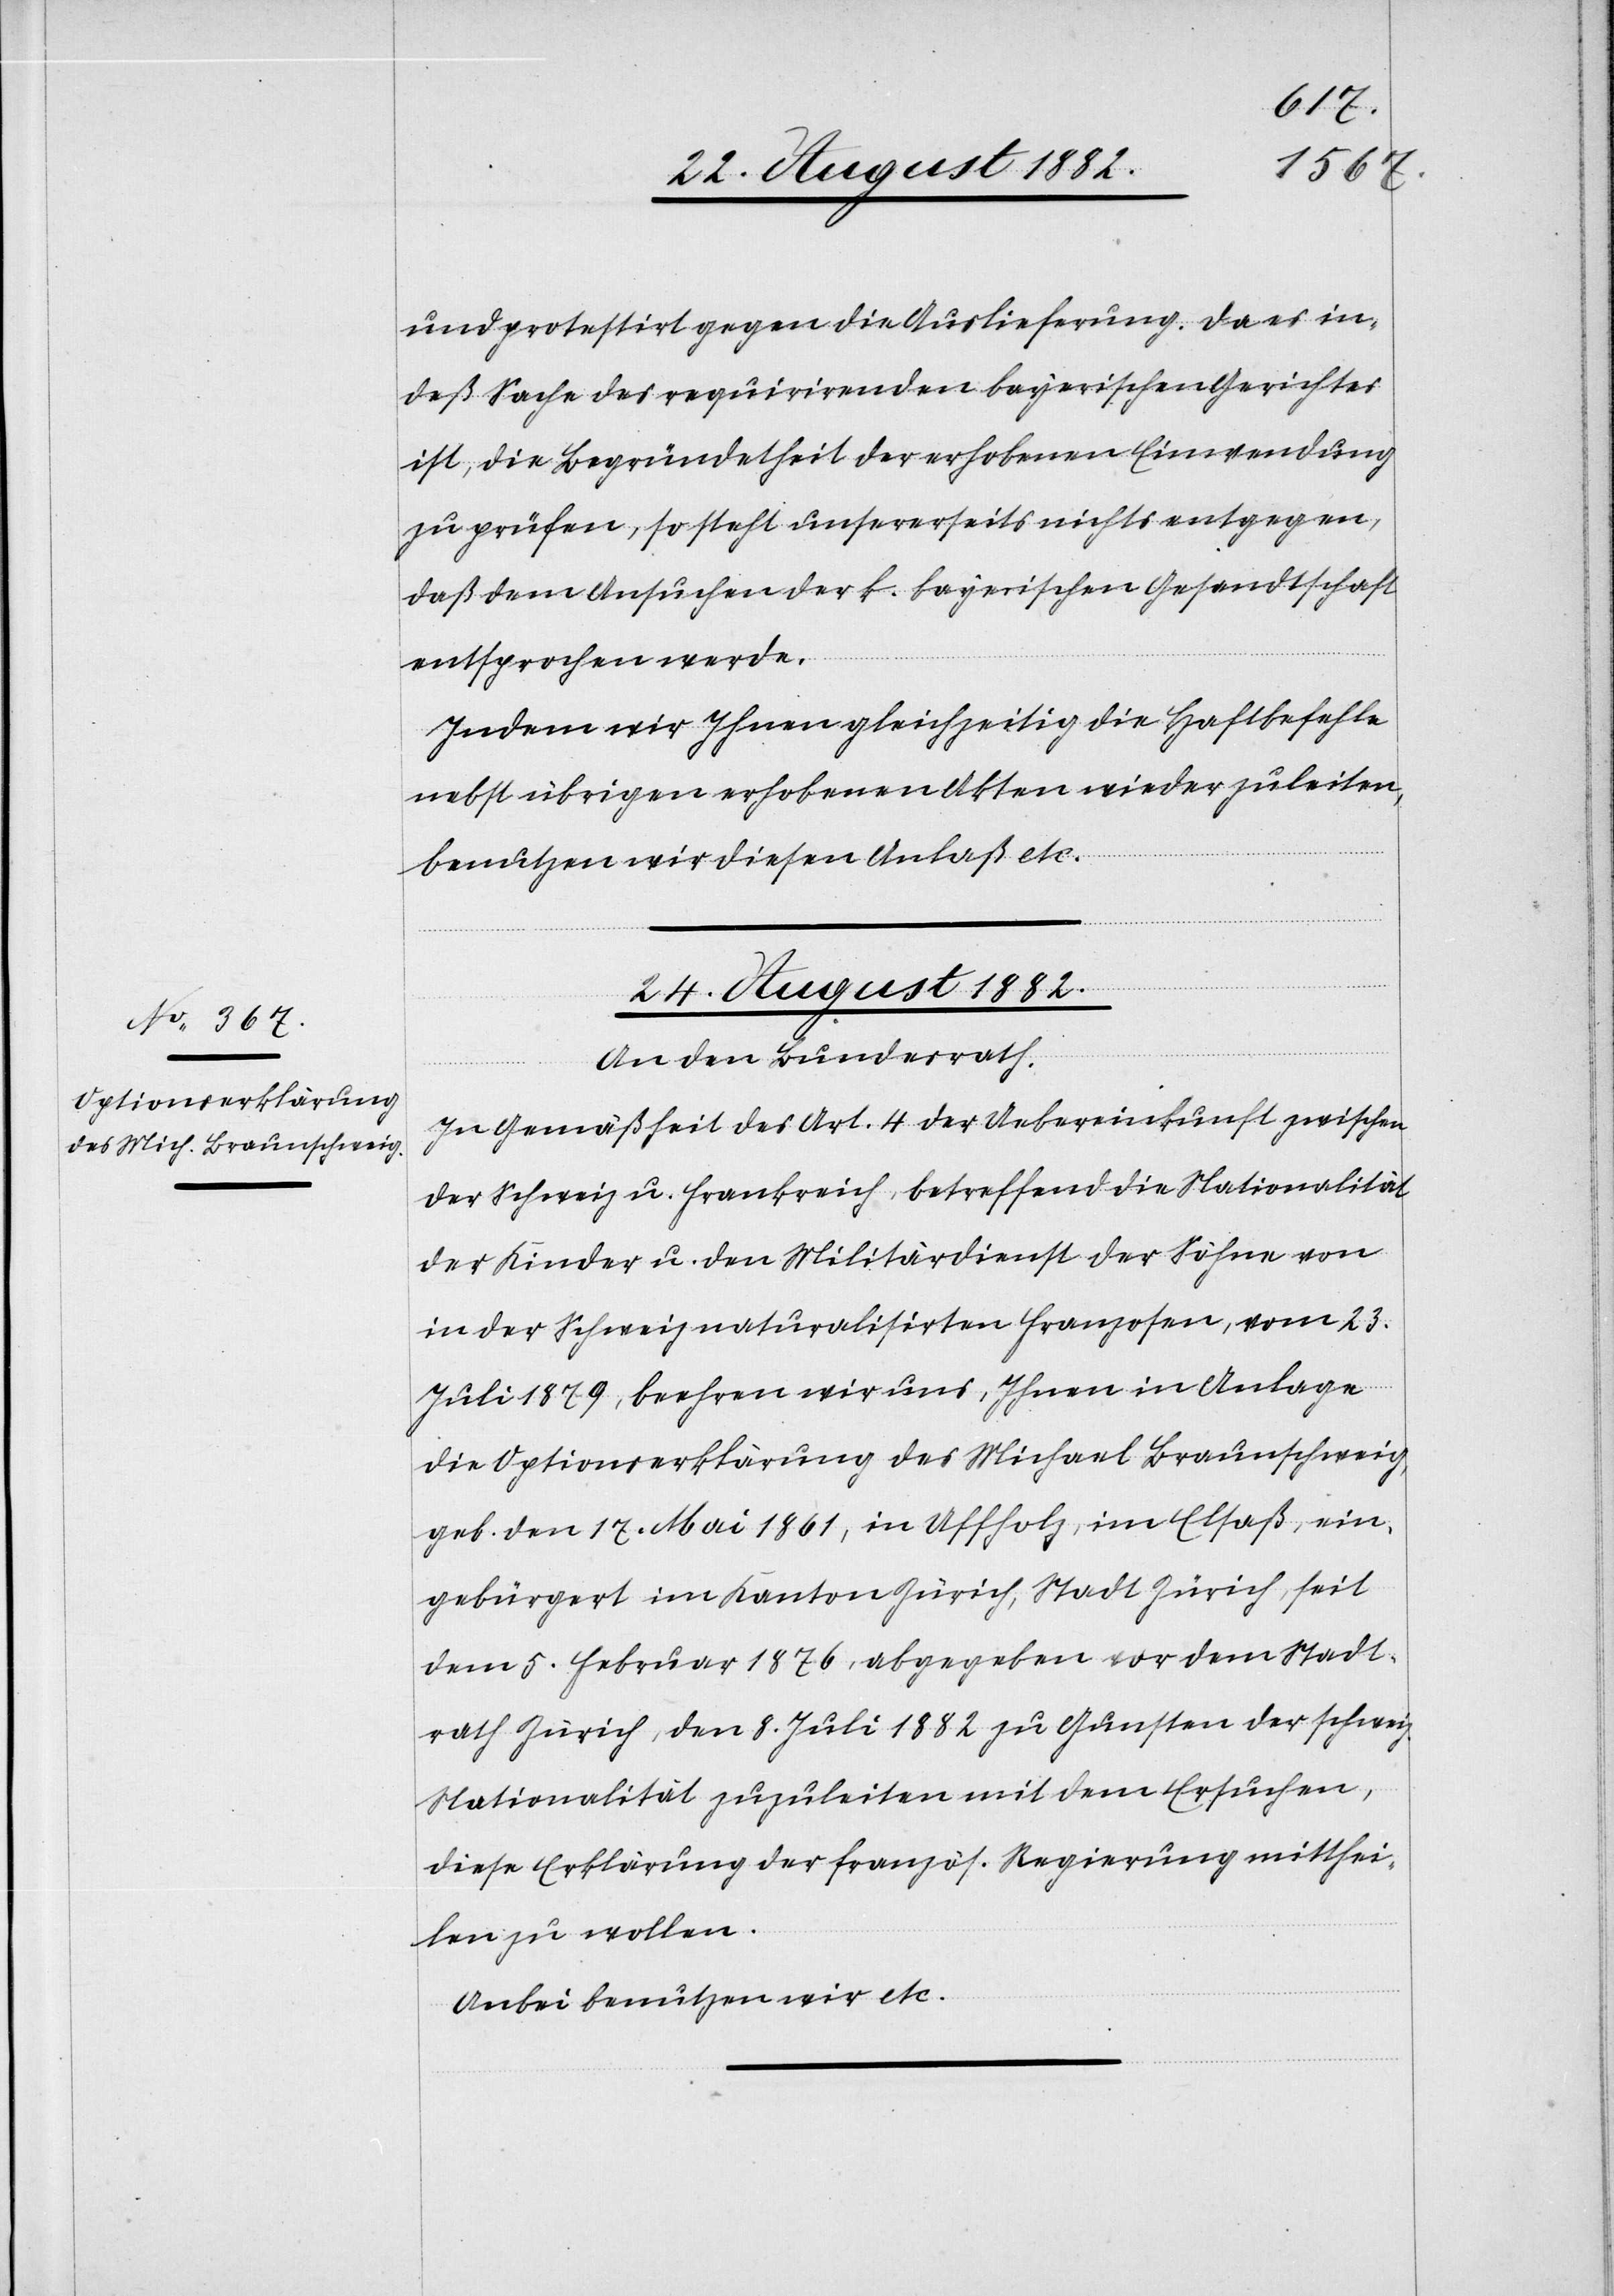
und protestirt gegen die Auslieferung. Da es in¬
deß Sache des requirirenden bayerischen Gerichtes
ist, die Begründetheit der erhobenen Einwendung
zu prüfen, so steht unserseits nichts entgegen,
daß dem Ansuchen der k. bayerischen Gesandtschaft
entsprochen werde.
Indem wir Ihnen gleichzeitig die Haftbefehle
nebst übrigen erhobenen Akten wieder zuleiten,
benutzen wir diesen Anlaß etc.
24. August 1882.
An den Bundesrath.
In Gemäßheit des Art. 4 der Uebereinkunft zwischen
der Schweiz u. Frankreich, betreffend die Nationalität
der Kinder u. den Militärdienst der Söhne von
in der Schweiz naturalisirten Franzosen, vom 23.
Juli 1879, beehren wir uns, Ihnen in Anlage
die Optionserklärung des Michael Braunschweig
geb. den 17. Mai 1861, in Uffholz, im Elsaß, ein¬
gebürgert im Kanton Zürich, Stadt Zürich, seit
dem 5. Februar 1876, abgegeben vor dem Stadt¬
rath Zürich, den 8. Juli 1882 zu Gunsten der schweiz.
Nationalität zuzuleiten mit dem Ersuchen,
diese Erklärung der französ. Regierung mitthei¬
len zu wollen.
Anbei benutzen wir etc.